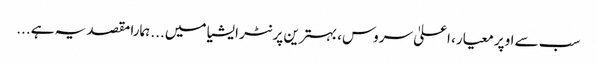
سب سے اوپر معیار، اعلیٰ سروس، بہترین پرنٹر ایشیا میں... ہمارا مقصد یہ ہے...